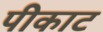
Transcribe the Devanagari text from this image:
पीकाट